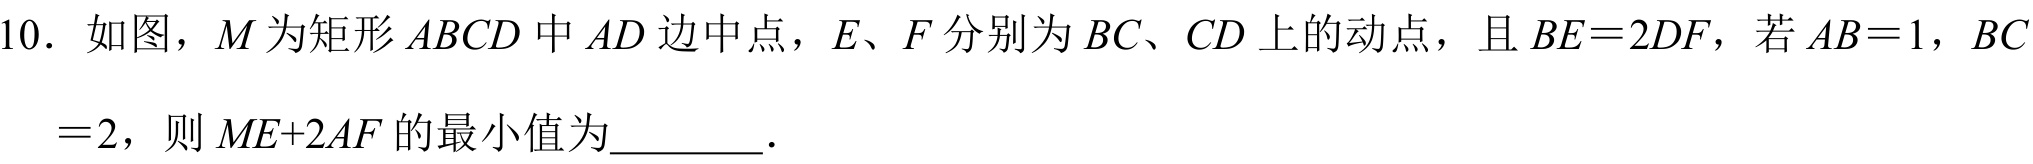
10. 如图，\(M\)为矩形\(ABCD\)中\(AD\)边中点，\(E、F\)分别为\(BC、CD\)上的动点，且\(BE = 2DF\)，若\(AB = 1\)，\(BC\)
\(= 2\)，则\(ME + 2AF\)的最小值为  ．